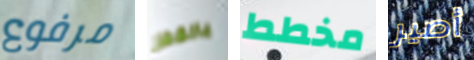
مرفوع بالقفز مخطط أصير